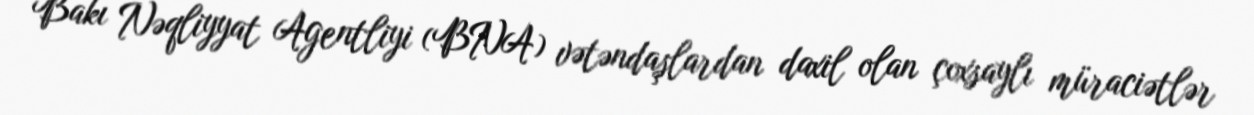
Bakı Nəqliyyat Agentliyi (BNA) vətəndaşlardan daxil olan çoxsaylı müraciətlər